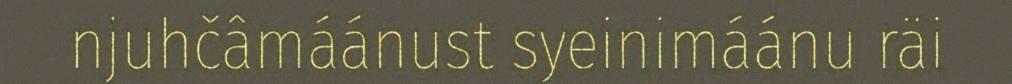
njuhčâmáánust syeinimáánu räi